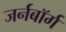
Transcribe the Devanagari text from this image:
जर्नबॉर्ग